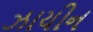
ઝાયીન